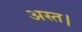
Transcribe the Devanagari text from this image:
अस्त।